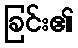
ခြင်း၏